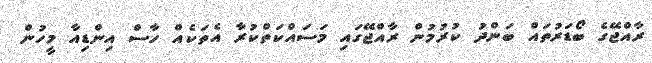
ރާއްޖޭގެ ބޯޑަރުތައް ބަންދު ކުރުމުން ރާއްޖޭގައި މަސައްކަތްކުރާ އެތަކެއް ހާސް އިންޑިއާ މީހުން